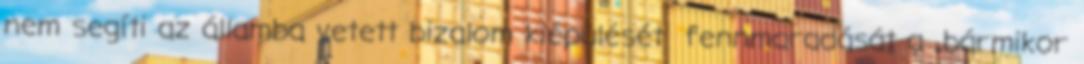
nem segíti az államba vetett bizalom kiépülését fennmaradását a „bármikor